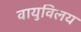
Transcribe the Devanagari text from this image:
वायुविलय